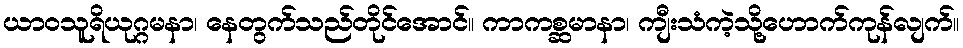
ယာဝသူရိယုဂ္ဂမနာ၊ နေတွက်သည်တိုင်အောင်။ ကာကစ္ဆမာနာ၊ ကျီးသံကဲ့သို့ဟောက်ကုန်လျက်။